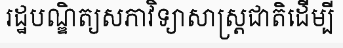
រដ្ឋបណ្ឌិត្យសភាវិទ្យាសាស្ត្រជាតិដើម្បី